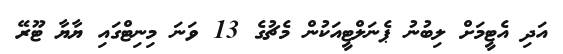
އަދި އެޓީމަށް ލިބުނު ޕެނަލްޓީއަކުން މެޗުގެ 13 ވަނަ މިނިޓްގައި ޔާޔާ ޓޫރޭ